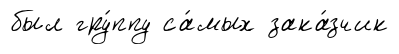
был гру́ппу са́мых зака́зчик